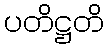
ပတိဋ္ဌတိ